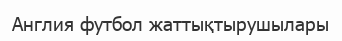
Англия футбол жаттықтырушылары